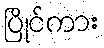
ပြိုင်ကား